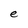
Character: e